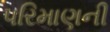
પરિમાણની